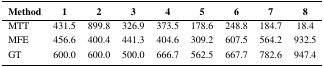
<table><thead><tr><td><b>Method</b></td><td><b>1</b></td><td><b>2</b></td><td><b>3</b></td><td><b>4</b></td><td><b>5</b></td><td><b>6</b></td><td><b>7</b></td><td><b>8</b></td></tr></thead><tbody><tr><td>MTT</td><td>431.5</td><td>899.8</td><td>326.9</td><td>373.5</td><td>178.6</td><td>248.8</td><td>184.7</td><td>18.4</td></tr><tr><td>MFE</td><td>456.6</td><td>400.4</td><td>441.3</td><td>404.6</td><td>309.2</td><td>607.5</td><td>564.2</td><td>932.5</td></tr><tr><td>GT</td><td>600.0</td><td>600.0</td><td>500.0</td><td>666.7</td><td>562.5</td><td>667.7</td><td>782.6</td><td>947.4</td></tr></tbody></table>